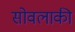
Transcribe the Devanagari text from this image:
सोवलाकी